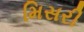
મિસરી